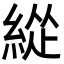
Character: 緃